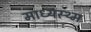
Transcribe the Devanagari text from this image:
माध्यस्थ्म